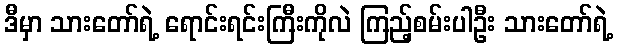
ဒီမှာ သားတော်ရဲ့ ရောင်းရင်းကြီးကိုလဲ ကြည့်စမ်းပါဦး သားတော်ရဲ့